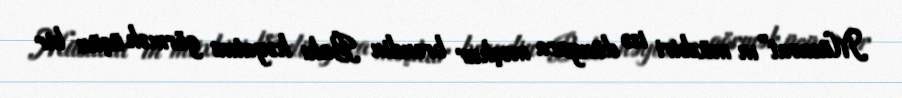
Müsavat”ın müxbiri isə dünyaca məşhur brendin Bakı həyatını görmək üçün bir